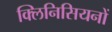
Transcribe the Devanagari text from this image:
क्लिनिसियनों